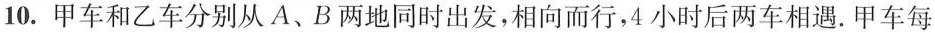
10.甲车和乙车分别从A、B两地同时出发，相向而行，4小时后两车相遇。甲车每